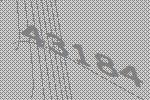
43184